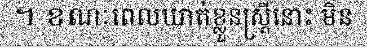
។ ខណៈពេលឃាត់ខ្លួនស្ត្រីនោះ មិន